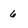
Character: 6